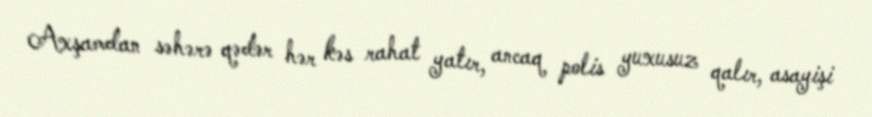
Axşamdan səhərə qədər hər kəs rahat yatır, ancaq polis yuxusuz qalır, asayişi